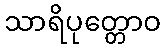
သာရိပုတ္တောဝ